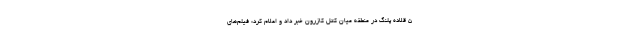
۵ قلاده پلنگ در منطقه میان کتل کازرون خبر داد و اعلام کرد: فیلم‌های